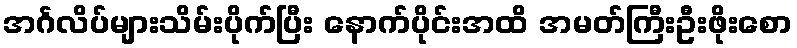
အင်္ဂလိပ်များသိမ်းပိုက်ပြီး နောက်ပိုင်းအထိ အမတ်ကြီးဦးဖိုးစော